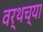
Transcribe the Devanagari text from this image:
वर्थच्या